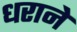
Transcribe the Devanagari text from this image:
धराने